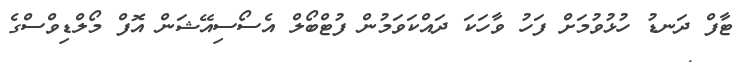
ޓާފް ދަނޑު ހުޅުވުމަށް ފަހު ވާހަކަ ދައްކަވަމުން ފުޓްބޯލް އެސޯސިއޭޝަން އޮފް މޯލްޑިވްސްގެ